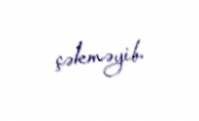
çəkməyib.